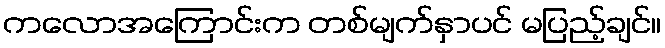
ကလောအကြောင်းက တစ်မျက်နှာပင် မပြည့်ချင်။